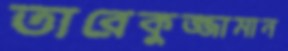
তারেকুজ্জামান